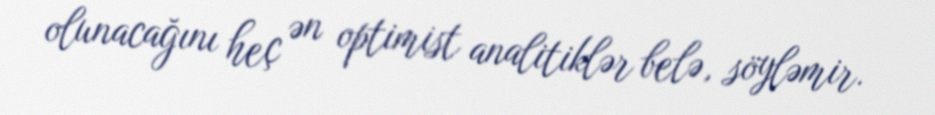
olunacağını heç ən optimist analitiklər belə, söyləmir.